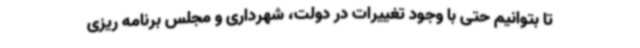
تا بتوانیم حتی با وجود تغییرات در دولت، شهرداری و مجلس برنامه ریزی